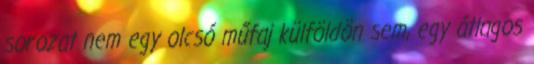
sorozat nem egy olcsó műfaj külföldön sem, egy átlagos